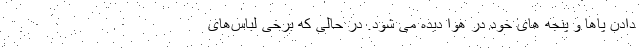
دادن پاها و پنجه های خود در هوا دیده می شود. در حالی که برخی لباس‌های